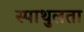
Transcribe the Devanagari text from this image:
स्पाथुलता